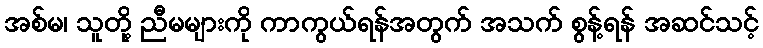
အစ်မ၊ သူတို့ ညီမများကို ကာကွယ်ရန်အတွက် အသက် စွန့်ရန် အဆင်သင့်